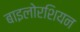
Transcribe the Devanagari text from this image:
बाइलोरशियन